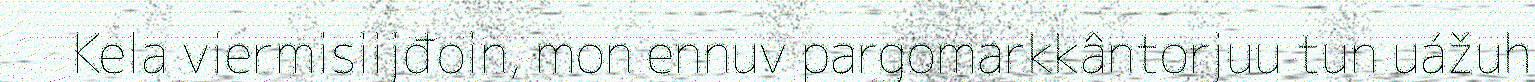
Kela viermisiijđoin, mon ennuv pargomarkkântorjuu tun uážuh